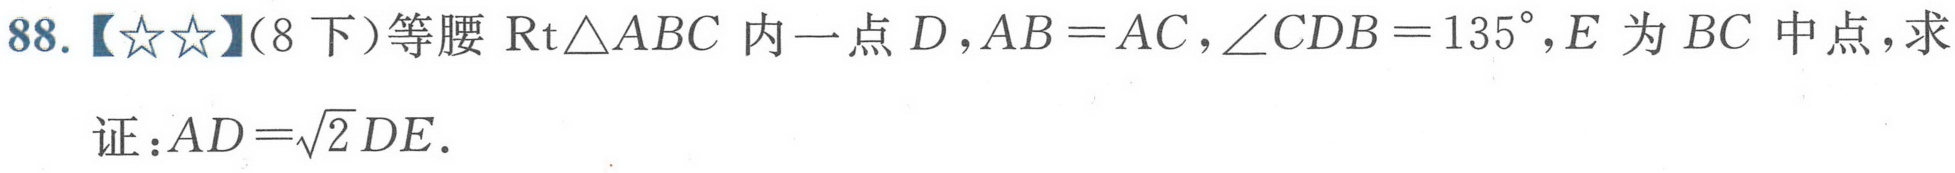
88.【☆☆】(8下)等腰\(\mathrm{Rt}\triangle ABC\)内一点\(D\)，\(AB = AC\)，\(\angle CDB = 135^{\circ}\)，\(E\)为\(BC\)中点，求
证：\(AD=\sqrt{2}DE\).